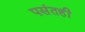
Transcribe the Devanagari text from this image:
पसंतही